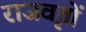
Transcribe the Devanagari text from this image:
राजवृत्तों